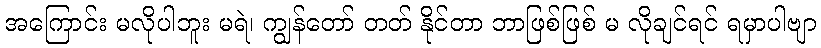
အကြောင်း မလိုပါဘူး မရဲ၊ ကျွန်တော် တတ် နိုင်တာ ဘာဖြစ်ဖြစ် မ လိုချင်ရင် ရမှာပါဗျာ